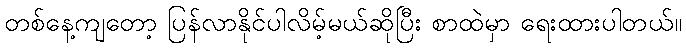
တစ်နေ့ကျတော့ ပြန်လာနိုင်ပါလိမ့်မယ်ဆိုပြီး စာထဲမှာ ရေးထားပါတယ်။